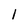
Character: 1